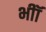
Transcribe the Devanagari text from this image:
भीॉ